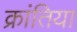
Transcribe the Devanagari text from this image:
क्रांतिया